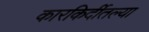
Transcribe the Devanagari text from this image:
कारकिर्दीतल्या